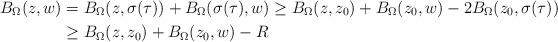
LaTeX: \begin{align*}B_\Omega(z,w) &=B_\Omega(z,\sigma(\tau))+B_\Omega(\sigma(\tau),w) \geq B_\Omega(z,z_0)+B_\Omega(z_0,w) - 2B_\Omega(z_0,\sigma(\tau)) \\& \geq B_\Omega(z,z_0)+B_\Omega(z_0,w) - R\end{align*}